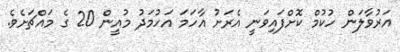
އަރުވާލަން ހުކުމް ކޮށްފައިވަނީ އެރަށު އާހަމަ އަހުމަދު މުއީން 20 ގެ މައްޗަށެވެ.